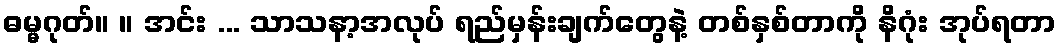
ဓမ္မဂုတ်။ ။ အင်း ... သာသနာ့အလုပ် ရည်မှန်းချက်တွေနဲ့ တစ်နှစ်တာကို နိဂုံး အုပ်ရတာ